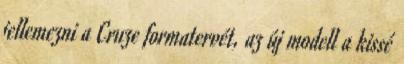
jellemezni a Cruze formatervét, az új modell a kissé